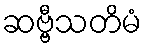
ဆဗ္ဗီသတိမံ